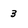
Character: 3